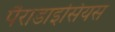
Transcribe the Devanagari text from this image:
पैराडाइसियस